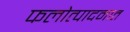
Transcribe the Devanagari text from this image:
फलोत्पादनात